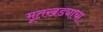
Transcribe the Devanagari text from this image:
मूतखड्याचा